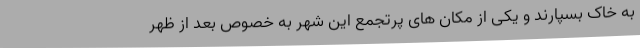
به خاک بسپارند و یکی از مکان های پرتجمع این شهر به خصوص بعد از ظهر